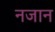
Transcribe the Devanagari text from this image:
नजान